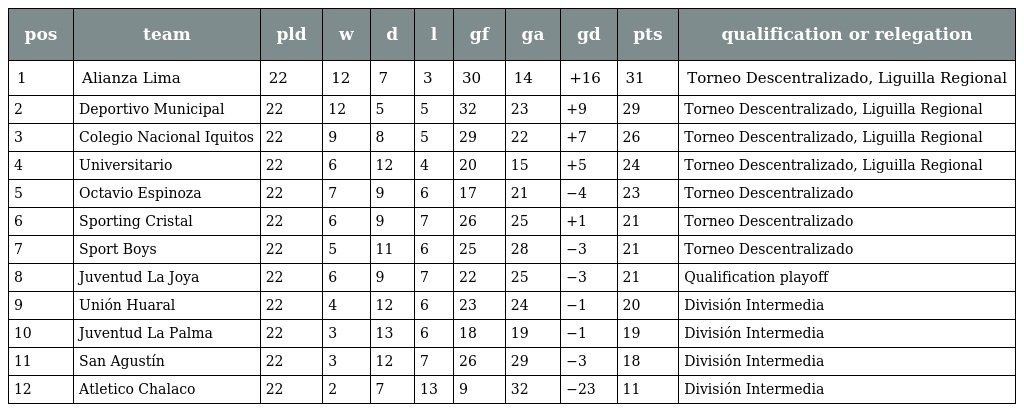
| pos | team | pld | w | d | l | gf | ga | gd | pts | qualification or relegation |
 | --- | --- | --- | --- | --- | --- | --- | --- | --- | --- | --- |
 | 1 | Alianza Lima | 22 | 12 | 7 | 3 | 30 | 14 | +16 | 31 | Torneo Descentralizado, Liguilla Regional |
 | 2 | Deportivo Municipal | 22 | 12 | 5 | 5 | 32 | 23 | +9 | 29 | Torneo Descentralizado, Liguilla Regional |
 | 3 | Colegio Nacional Iquitos | 22 | 9 | 8 | 5 | 29 | 22 | +7 | 26 | Torneo Descentralizado, Liguilla Regional |
 | 4 | Universitario | 22 | 6 | 12 | 4 | 20 | 15 | +5 | 24 | Torneo Descentralizado, Liguilla Regional |
 | 5 | Octavio Espinoza | 22 | 7 | 9 | 6 | 17 | 21 | −4 | 23 | Torneo Descentralizado |
 | 6 | Sporting Cristal | 22 | 6 | 9 | 7 | 26 | 25 | +1 | 21 | Torneo Descentralizado |
 | 7 | Sport Boys | 22 | 5 | 11 | 6 | 25 | 28 | −3 | 21 | Torneo Descentralizado |
 | 8 | Juventud La Joya | 22 | 6 | 9 | 7 | 22 | 25 | −3 | 21 | Qualification playoff |
 | 9 | Unión Huaral | 22 | 4 | 12 | 6 | 23 | 24 | −1 | 20 | División Intermedia |
 | 10 | Juventud La Palma | 22 | 3 | 13 | 6 | 18 | 19 | −1 | 19 | División Intermedia |
 | 11 | San Agustín | 22 | 3 | 12 | 7 | 26 | 29 | −3 | 18 | División Intermedia |
 | 12 | Atletico Chalaco | 22 | 2 | 7 | 13 | 9 | 32 | −23 | 11 | División Intermedia |